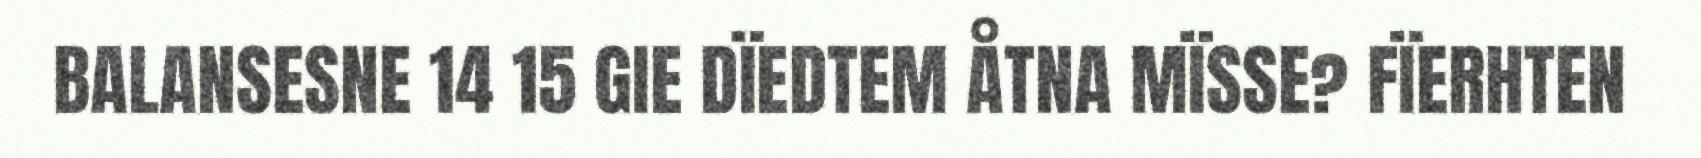
BALANSESNE 14 15 GIE DÏEDTEM ÅTNA MÏSSE? FÏERHTEN